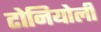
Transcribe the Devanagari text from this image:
टोनियोली